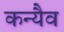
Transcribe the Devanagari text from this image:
कन्यैव